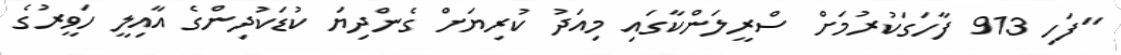
"ފަހި 913 ފާހަގަކުރުމަށް ސްރީލަންކާގައި މިއަދު ކުރިޔަށް ގެންދިޔަ ކުޑަކުދިންގެ އާއިލީ ހަވީރުގެ